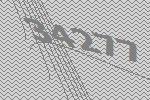
34277